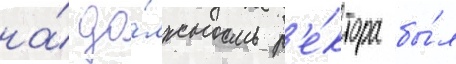
на́ до́лжность р'е́ктора бы́л